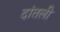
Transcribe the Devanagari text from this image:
दांतली